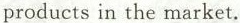
products in the market.